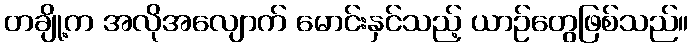
တချို့က အလိုအလျောက် မောင်းနှင်သည့် ယာဉ်တွေဖြစ်သည်။